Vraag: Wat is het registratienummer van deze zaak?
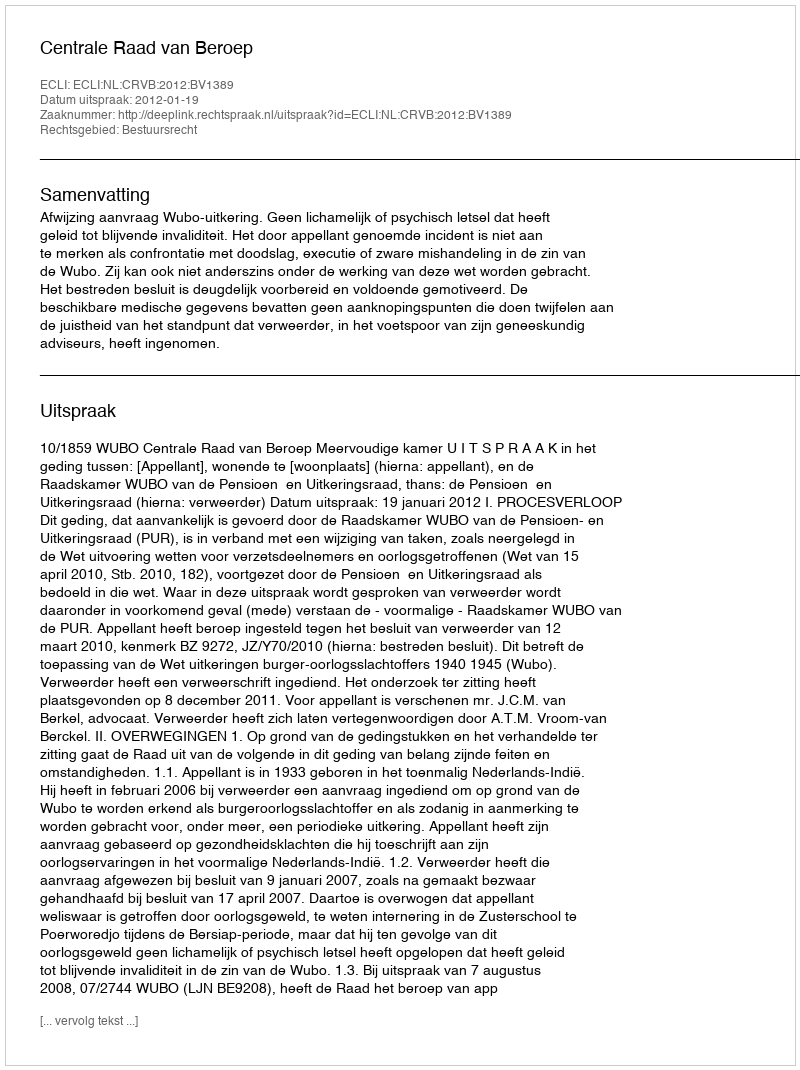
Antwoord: http://deeplink.rechtspraak.nl/uitspraak?id=ECLI:NL:CRVB:2012:BV1389